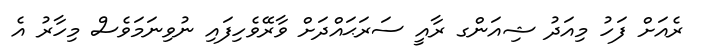
ރެއަށް ފަހު މިއަދު ޝިއަންގ ރާއީ ސަރަޙައްދަށް ވާރޭވެހިފައި ނުވިނަމަވެސް މިހާރު އެ